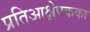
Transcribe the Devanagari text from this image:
प्रतिआक्षेपकका